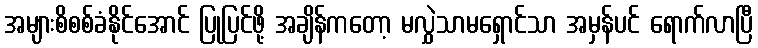
အများစိစစ်ခံနိုင်အောင် ပြုပြင်ဖို့ အချိန်ကတော့ မလွှဲသာမရှောင်သာ အမှန်ပင် ရောက်လာပြီ